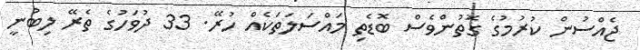
ޖެއްސުން ކުރުމުގެ ގޮތުންވެސް ބޮޑެތި މައްސަލަތަކެއް ހުރޭ. 33 ދުވަހުގެ ތެރޭ ލިބުނީ